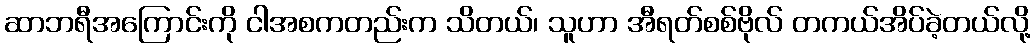
ဆာဘရီအကြောင်းကို ငါအစကတည်းက သိတယ်၊ သူဟာ အီရတ်စစ်ဗိုလ် တကယ်အိပ်ခဲ့တယ်လို့